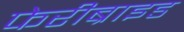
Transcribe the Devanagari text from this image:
फेरीब्राइड